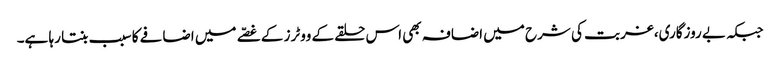
جبکہ بے روزگاری،غربت کی شرح میں اضافہ بھی اس حلقے کے ووٹرز کے غصّے میں اضافے کا سبب بنتا رہا ہے۔